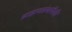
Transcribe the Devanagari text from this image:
ब्राह्मणग्रंथांपैकी